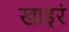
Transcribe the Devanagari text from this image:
खाइरं